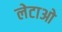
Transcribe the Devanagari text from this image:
लेटाओ